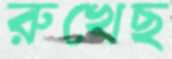
রুখেছ